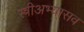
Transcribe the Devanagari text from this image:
स्त्रीअभ्यासव